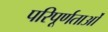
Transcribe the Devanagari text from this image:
परिपूर्णताओं